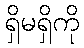
ရှိမရှိကို